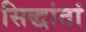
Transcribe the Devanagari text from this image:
सिद्धांतां